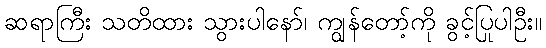
ဆရာကြီး သတိထား သွားပါနော်၊ ကျွန်တော့်ကို ခွင့်ပြုပါဦး။